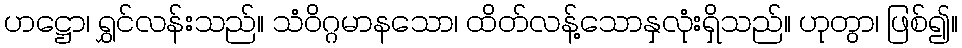
ဟဋ္ဌော၊ ရွှင်လန်းသည်။ သံဝိဂ္ဂမာနသော၊ ထိတ်လန့်သောနှလုံးရှိသည်။ ဟုတွာ၊ ဖြစ်၍။